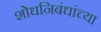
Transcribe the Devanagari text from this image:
शोधनिबंधांच्या